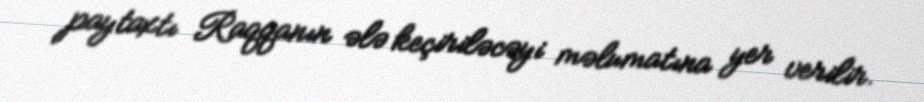
paytaxtı Raqqanın ələ keçiriləcəyi məlumatına yer verilir.